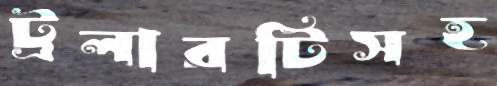
ট্রলারটিসহ